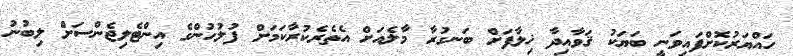
ހައްޔަރުކޮށްފައިވަނީ ބަޔަކު ޤަވާއިދާ ޚިލާފަށް ބަނގުރާ މާލެއަށް އެތެރެކުރާކަމަށް ފުލުހުންގެ އިންޓެލިޖެންސަށް ލިބުނު